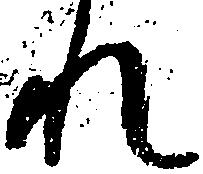
れ